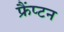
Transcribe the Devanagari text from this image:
फ्रैंप्टन